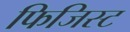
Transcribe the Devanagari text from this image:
फिजिस्ट